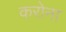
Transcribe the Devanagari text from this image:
करोना